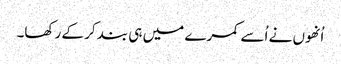
اُنھوں نے اُسے کمرے میں ہی بند کر کے رکھا۔